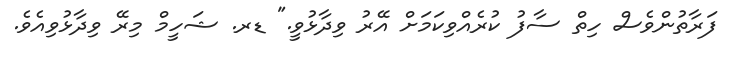
ފަރާތުންވެސް ހިތް ސާފު ކުރެއްވިކަމަށް އޭރު ވިދާޅުވީ." ޑރ. ޝަހީމް މިރޭ ވިދާޅުވިއެވެ.